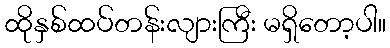
ထိုနှစ်ထပ်တန်းလျားကြီး မရှိတော့ပါ။